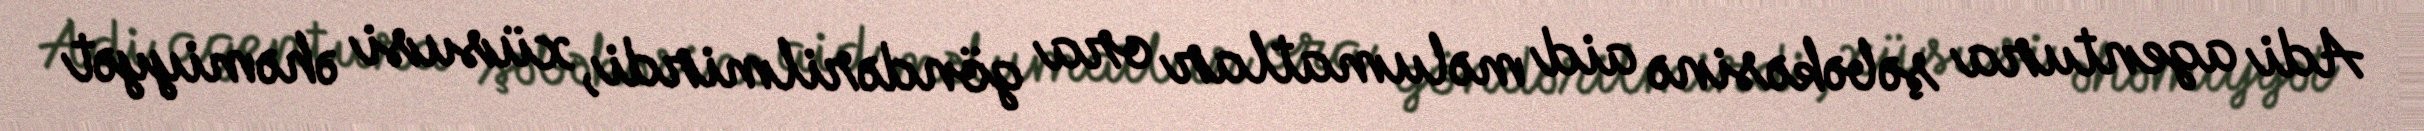
Adi agentura şəbəkəsinə aid məlumatlar ora göndərilmirdi, xüsusi əhəmiyyət